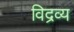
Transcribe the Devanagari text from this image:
विद्रव्य